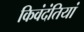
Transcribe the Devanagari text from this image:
किवंदंतियां